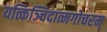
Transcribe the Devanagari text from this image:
यत्किञ्चिदात्मगोचरम्